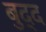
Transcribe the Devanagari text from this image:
बुद्द